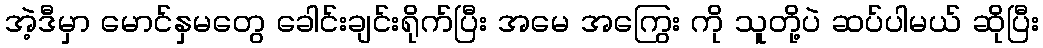
အဲ့ဒီမှာ မောင်နှမတွေ ခေါင်းချင်းရိုက်ပြီး အမေ အကြွေး ကို သူတို့ပဲ ဆပ်ပါမယ် ဆိုပြီး